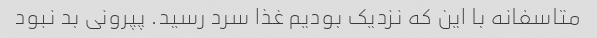
متاسفانه با این که نزدیک بودیم غذا سرد رسید. پپرونی بد نبود